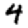
Digit: 4